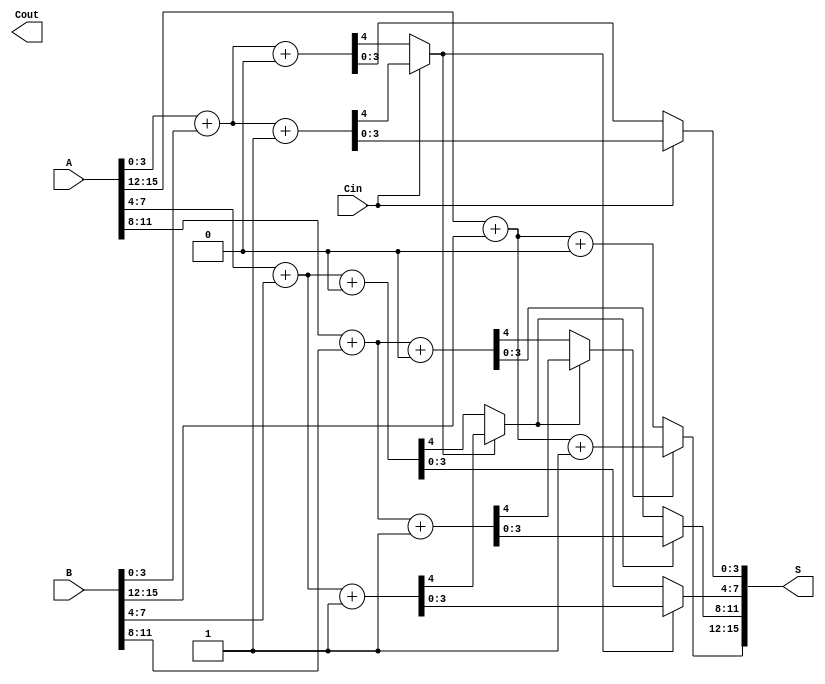
module CCSA #(parameter N = 16, parameter M = 4) (
    input [N-1:0] A,       // First n-bit input
    input [N-1:0] B,       // Second n-bit input
    input Cin,             // Carry input
    output [N-1:0] S,      // n-bit sum output
    output Cout            // Carry output
);
    localparam GROUPS = N / M; // Number of groups

    // Intermediate sums and carries
    wire [M-1:0] sum0 [0:GROUPS-1]; // Sum when carry is 0
    wire [M-1:0] sum1 [0:GROUPS-1]; // Sum when carry is 1
    wire carry0 [0:GROUPS-1];        // Carry out when carry is 0
    wire carry1 [0:GROUPS-1];        // Carry out when carry is 1
    wire carry_select [0:GROUPS-1];  // Selected carry for each group

    // Generate sums and carries for each group
    genvar i;
    generate
        for (i = 0; i < GROUPS; i = i + 1) begin : group
            wire [M-1:0] A_group = A[M*i +: M];
            wire [M-1:0] B_group = B[M*i +: M];
            wire carry_in = (i == 0) ? Cin : carry_select[i-1];

            // Sum when carry is 0
            assign {carry0[i], sum0[i]} = A_group + B_group + 1'b0;
            // Sum when carry is 1
            assign {carry1[i], sum1[i]} = A_group + B_group + 1'b1;

            // Select carry for the next group
            if (i < GROUPS - 1) begin
                assign carry_select[i] = (carry_in) ? carry1[i] : carry0[i];
            end
        end
    endgenerate

    // Final sum selection based on carry input
    generate
        for (i = 0; i < GROUPS; i = i + 1) begin : final_sum
            wire [M-1:0] selected_sum;
            assign selected_sum = (i == 0) ? (Cin ? sum1[i] : sum0[i]) : (carry_select[i-1] ? sum1[i] : sum0[i]);
            assign S[M*i +: M] = selected_sum;
        end
    endgenerate

    // Final carry output
    assign Cout = carry_select[GROUPS-1];

endmodule